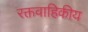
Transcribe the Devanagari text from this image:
रक्तवाहिकीय